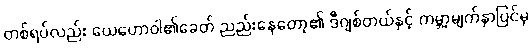
တစ်ရပ်လည်း ယေဟောဝါ၏ခေတ် ညည်းနေတော့၏ ဒီဂျစ်တယ်နှင့် ကမ္ဘာ့မျက်နှာပြင်မှ